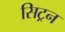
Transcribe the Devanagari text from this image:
सिट्रन